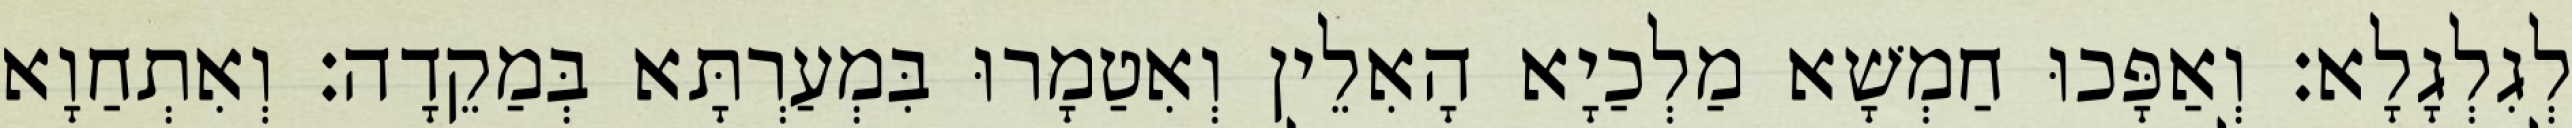
לְגִלְגָלָא׃ וְאַפָּכוּ חַמְשָׁא מַלְכַיָא הָאִלֵין וְאִטַמָרוּ בִּמְעַרְתָּא בְּמַקֵדָה׃ וְאִתְחַוָא